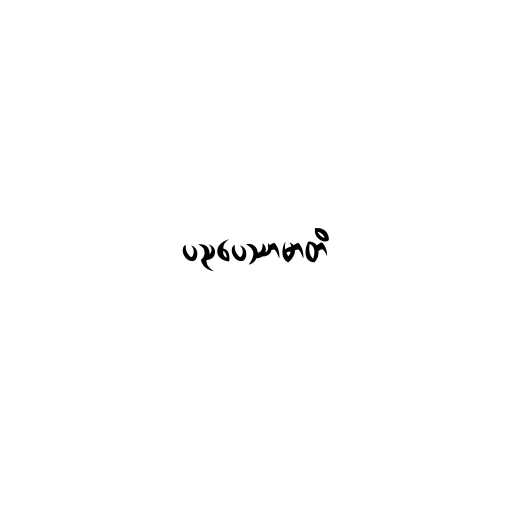
ပညပေဿာမာတိ